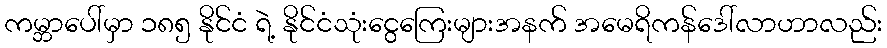
ကမ္ဘာပေါ်မှာ ၁၈၅ နိုင်ငံ ရဲ့ နိုင်ငံသုံးငွေကြေးများအနက် အမေရိကန်ဒေါ်လာဟာလည်း